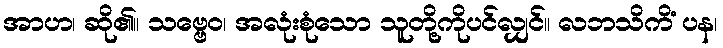
အာဟ၊ ဆို၏။ သဗ္ဗေဝ၊ အလုံးစုံသော သူတို့ကိုပင်လျှင်။ လဘသိကိံ ပန၊